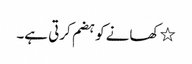
٭ کھانے کو ہضم کرتی ہے۔